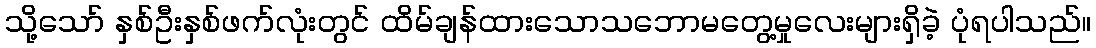
သို့သော် နှစ်ဦးနှစ်ဖက်လုံးတွင် ထိမ်ချန်ထားသောသဘောမတွေ့မှုလေးများရှိခဲ့ ပုံရပါသည်။